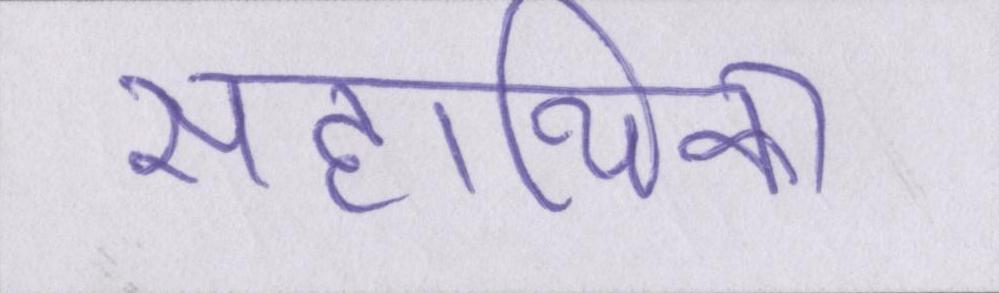
सहायिका